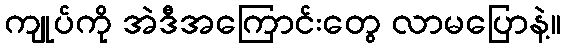
ကျုပ်ကို အဲဒီအကြောင်းတွေ လာမပြောနဲ့။